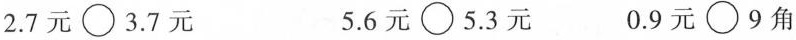
2.7元\bigcirc3.7元 5.6元\bigcirc5.3元 0.9元\bigcirc9角